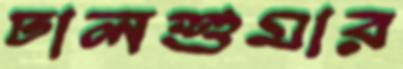
ঢালশুমার